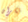
نكران